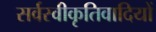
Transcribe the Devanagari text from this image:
सर्वस्वीकृतिवादियों